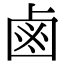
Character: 鹵